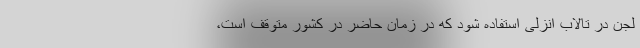
لجن در تالاب انزلی استفاده شود که در زمان حاضر در کشور متوقف است،